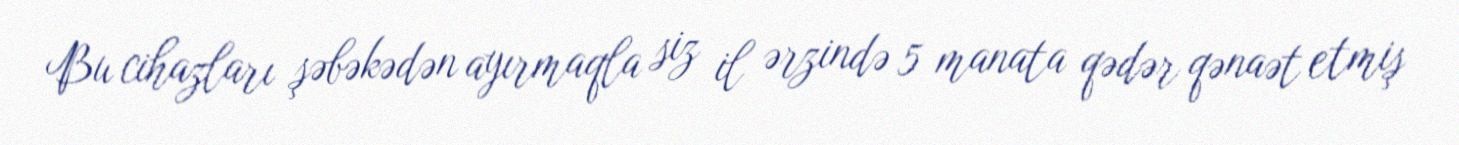
Bu cihazları şəbəkədən ayırmaqla siz il ərzində 5 manata qədər qənaət etmiş